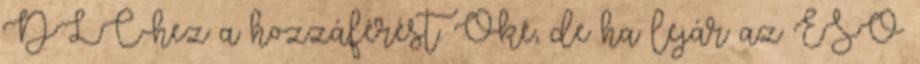
DLC-hez a hozzáférést. Oké, de ha lejár az ESO